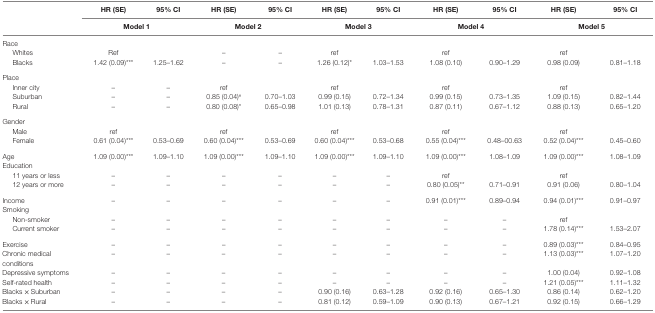
<table><thead><tr><td></td><td><b>HR (SE)</b></td><td><b>95% CI</b></td><td><b>HR (SE)</b></td><td><b>95% CI</b></td><td><b>HR (SE)</b></td><td><b>95% CI</b></td><td><b>HR (SE)</b></td><td><b>95% CI</b></td><td><b>HR (SE)</b></td><td><b>95% CI</b></td></tr><tr><td></td><td colspan="2"><b>Model 1</b></td><td colspan="2"><b>Model 2</b></td><td colspan="2"><b>Model 3</b></td><td colspan="2"><b>Model 4</b></td><td colspan="2"><b>Model 5</b></td></tr></thead><tbody><tr><td>Race</td><td></td><td></td><td></td><td></td><td></td><td></td><td></td><td></td><td></td><td></td></tr><tr><td> Whites</td><td>Ref</td><td></td><td>–</td><td>–</td><td>ref</td><td></td><td>ref</td><td></td><td>ref</td><td></td></tr><tr><td> Blacks</td><td>1.42 (0.09)***</td><td>1.25–1.62</td><td>–</td><td>–</td><td>1.26 (0.12)*</td><td>1.03–1.53</td><td>1.08 (0.10)</td><td>0.90–1.29</td><td>0.98 (0.09)</td><td>0.81–1.18</td></tr><tr><td>Place</td><td></td><td></td><td></td><td></td><td></td><td></td><td></td><td></td><td></td><td></td></tr><tr><td> Inner city</td><td>–</td><td>–</td><td>ref</td><td></td><td>ref</td><td></td><td>ref</td><td></td><td>ref</td><td></td></tr><tr><td> Suburban</td><td>–</td><td>–</td><td>0.85 (0.04)<sup>#</sup></td><td>0.70–1.03</td><td>0.99 (0.15)</td><td>0.72–1.34</td><td>0.99 (0.15)</td><td>0.73–1.35</td><td>1.09 (0.15)</td><td>0.82–1.44</td></tr><tr><td> Rural</td><td>–</td><td>–</td><td>0.80 (0.08)*</td><td>0.65–0.98</td><td>1.01 (0.13)</td><td>0.78–1.31</td><td>0.87 (0.11)</td><td>0.67–1.12</td><td>0.88 (0.13)</td><td>0.65–1.20</td></tr><tr><td>Gender</td><td></td><td></td><td></td><td></td><td></td><td></td><td></td><td></td><td></td><td></td></tr><tr><td> Male</td><td>ref</td><td></td><td>ref</td><td></td><td>ref</td><td></td><td>ref</td><td></td><td>ref</td><td></td></tr><tr><td> Female</td><td>0.61 (0.04)***</td><td>0.53–0.69</td><td>0.60 (0.04)***</td><td>0.53–0.69</td><td>0.60 (0.04)***</td><td>0.53–0.68</td><td>0.55 (0.04)***</td><td>0.48–00.63</td><td>0.52 (0.04)***</td><td>0.45–0.60</td></tr><tr><td>Age</td><td>1.09 (0.00)***</td><td>1.09–1.10</td><td>1.09 (0.00)***</td><td>1.09–1.10</td><td>1.09 (0.00)***</td><td>1.09–1.10</td><td>1.09 (0.00)***</td><td>1.08–1.09</td><td>1.09 (0.00)***</td><td>1.08–1.09</td></tr><tr><td>Education</td><td></td><td></td><td></td><td></td><td></td><td></td><td></td><td></td><td></td><td></td></tr><tr><td> 11 years or less</td><td>–</td><td>–</td><td>–</td><td>–</td><td>–</td><td>–</td><td>ref</td><td></td><td>ref</td><td></td></tr><tr><td> 12 years or more</td><td>–</td><td>–</td><td>–</td><td>–</td><td>–</td><td>–</td><td>0.80 (0.05)**</td><td>0.71–0.91</td><td>0.91 (0.06)</td><td>0.80–1.04</td></tr><tr><td>Income</td><td>–</td><td>–</td><td>–</td><td>–</td><td>–</td><td>–</td><td>0.91 (0.01)***</td><td>0.89–0.94</td><td>0.94 (0.01)***</td><td>0.91–0.97</td></tr><tr><td>Smoking</td><td></td><td></td><td></td><td></td><td></td><td></td><td></td><td></td><td></td><td></td></tr><tr><td> Non-smoker</td><td>–</td><td>–</td><td>–</td><td>–</td><td>–</td><td>–</td><td>–</td><td>–</td><td>ref</td><td></td></tr><tr><td> Current smoker</td><td>–</td><td>–</td><td>–</td><td>–</td><td>–</td><td>–</td><td>–</td><td>–</td><td>1.78 (0.14)***</td><td>1.53–2.07</td></tr><tr><td>Exercise</td><td>–</td><td>–</td><td>–</td><td>–</td><td>–</td><td>–</td><td>–</td><td>–</td><td>0.89 (0.03)***</td><td>0.84–0.95</td></tr><tr><td>Chronic medical conditions</td><td>–</td><td>–</td><td>–</td><td>–</td><td>–</td><td>–</td><td>–</td><td>–</td><td>1.13 (0.03)***</td><td>1.07–1.20</td></tr><tr><td>Depressive symptoms</td><td>–</td><td>–</td><td>–</td><td>–</td><td>–</td><td>–</td><td>–</td><td>–</td><td>1.00 (0.04)</td><td>0.92–1.08</td></tr><tr><td>Self-rated health</td><td>–</td><td>–</td><td>–</td><td>–</td><td>–</td><td>–</td><td>–</td><td>–</td><td>1.21 (0.05)***</td><td>1.11–1.32</td></tr><tr><td>Blacks × Suburban</td><td>–</td><td>–</td><td>–</td><td>–</td><td>0.90 (0.16)</td><td>0.63–1.28</td><td>0.92 (0.16)</td><td>0.65–1.30</td><td>0.86 (0.14)</td><td>0.62–1.20</td></tr><tr><td>Blacks × Rural</td><td>–</td><td>–</td><td>–</td><td>–</td><td>0.81 (0.12)</td><td>0.59–1.09</td><td>0.90 (0.13)</td><td>0.67–1.21</td><td>0.92 (0.15)</td><td>0.66–1.29</td></tr></tbody></table>